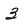
Character: 3